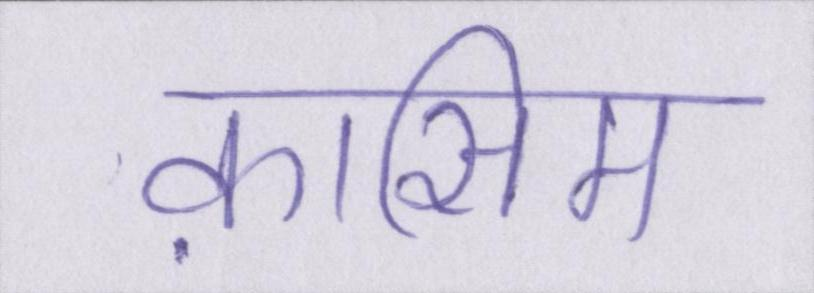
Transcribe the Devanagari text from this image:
क़ासिम